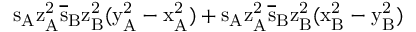
\mathrm { s _ { A } \mathrm { z _ { A } ^ { 2 } \mathrm { \overline { { s } } _ { B } \mathrm { z _ { B } ^ { 2 } ( \mathrm { y _ { A } ^ { 2 } - \mathrm { x _ { A } ^ { 2 } ) + \mathrm { s _ { A } \mathrm { z _ { A } ^ { 2 } \mathrm { \overline { { s } } _ { B } \mathrm { z _ { B } ^ { 2 } ( \mathrm { x _ { B } ^ { 2 } - \mathrm { y _ { B } ^ { 2 } ) } } } } } } } } } } } }